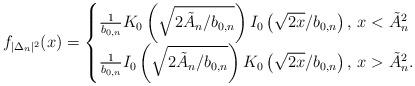
LaTeX: \begin{align*}f_{|\Delta_n|^2}(x) =\begin{cases}\frac{1}{b_{0,n}}K_0\left(\sqrt{{2\tilde{A}_n}/{b_{0,n}}}\right)I_0\left({\sqrt{2x}}/{b_{0,n}}\right),\,x < \tilde{A}_n^2 \\\frac{1}{b_{0,n}}I_0\left(\sqrt{{2\tilde{A}_n}/{b_{0,n}}}\right)K_0\left({\sqrt{2x}}/{b_{0,n}}\right),\,x > \tilde{A}_n^2.\end{cases}\end{align*}